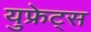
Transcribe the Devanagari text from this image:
युफ्रेट्स